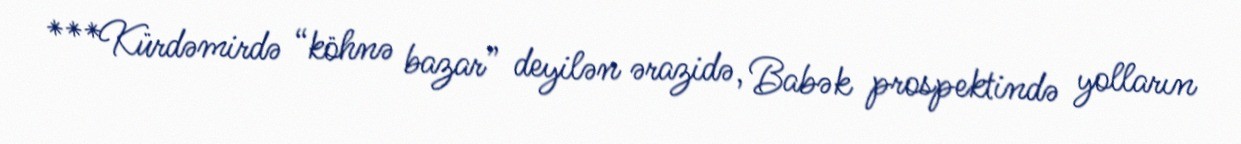
***Kürdəmirdə “köhnə bazar” deyilən ərazidə, Babək prospektində yolların